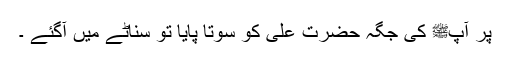
پر آپﷺ کی جگہ حضرت علیؓ کو سوتا پایا تو سناٹے میں آگئے ۔